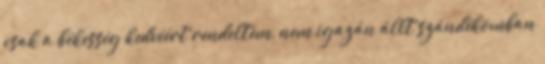
csak a békesség kedvéért rendeltem, nem igazán állt szándékomban